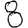
Digit: 8